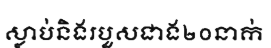
ស្លាប់និងរបួសជាង២០នាក់